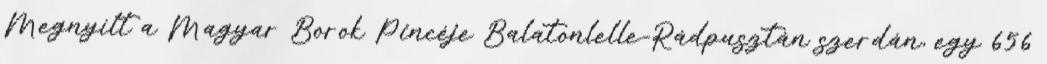
Megnyílt a Magyar Borok Pincéje Balatonlelle-Rádpusztán szerdán, egy 656